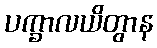
ပက္ခာလယိတွာန